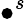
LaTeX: \bullet^{s}